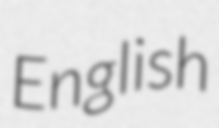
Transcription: English